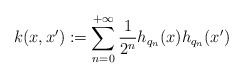
\begin{align*} k(x,x') := \sum_{n=0}^{+\infty} \frac{1}{2^n}h_{q_n}(x)h_{q_n}(x')\end{align*}